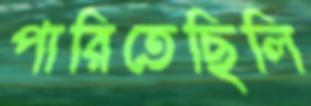
পারিতেছিলি